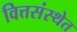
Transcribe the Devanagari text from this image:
वित्तसंस्थेत